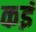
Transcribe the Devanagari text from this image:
कइं